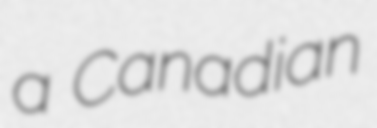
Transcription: a Canadian